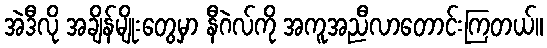
အဲဒီလို အချိန်မျိုးတွေမှာ နီဂဲလ်ကို အကူအညီလာတောင်းကြတယ်။